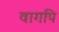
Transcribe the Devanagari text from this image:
वागपि